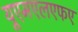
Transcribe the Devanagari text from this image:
यूएमएलएफए